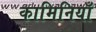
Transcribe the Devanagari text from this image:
कामिनियाँ